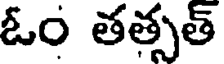
ఓం తత్సత్